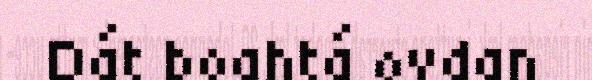
Dát boahtá ovdan